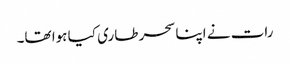
رات نے اپنا سحر طاری کیا ہوا تھا۔